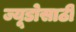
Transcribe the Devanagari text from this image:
ज्यूडोसाठी